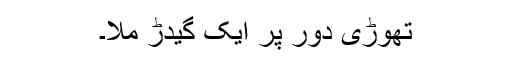
تھوڑی دور پر ایک گیدڑ ملا۔